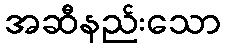
အဆီနည်းသော